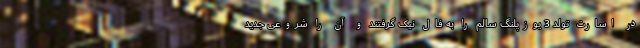
در اسارت تولد 3 یوزپلنگ سالم را به فال نیک گرفتند و آن را شروعی جدید